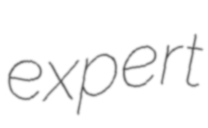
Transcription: expert